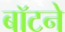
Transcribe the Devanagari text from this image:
बॉटने